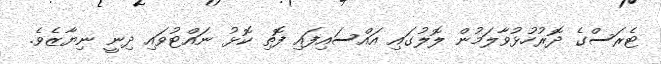
ޓެރަސްގެ ދޮރުހުޅުވާލަމުން ލޮލުގައި އައްސައިފައި ފޮތި ކޮޅު ނައްޓުވައި ދިނީ ނިޔާޒެވެ.